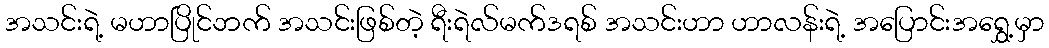
အသင်းရဲ့ မဟာပြိုင်ဘက် အသင်းဖြစ်တဲ့ ရီးရဲလ်မက်ဒရစ် အသင်းဟာ ဟာလန်းရဲ့ အပြောင်းအရွှေ့မှာ